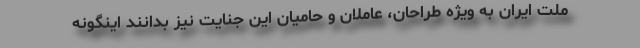
ملت ایران به ویژه طراحان، عاملان و حامیان این جنایت نیز بدانند اینگونه